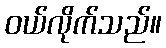
ဝယ်လိုက်သည်။